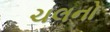
ચલનો